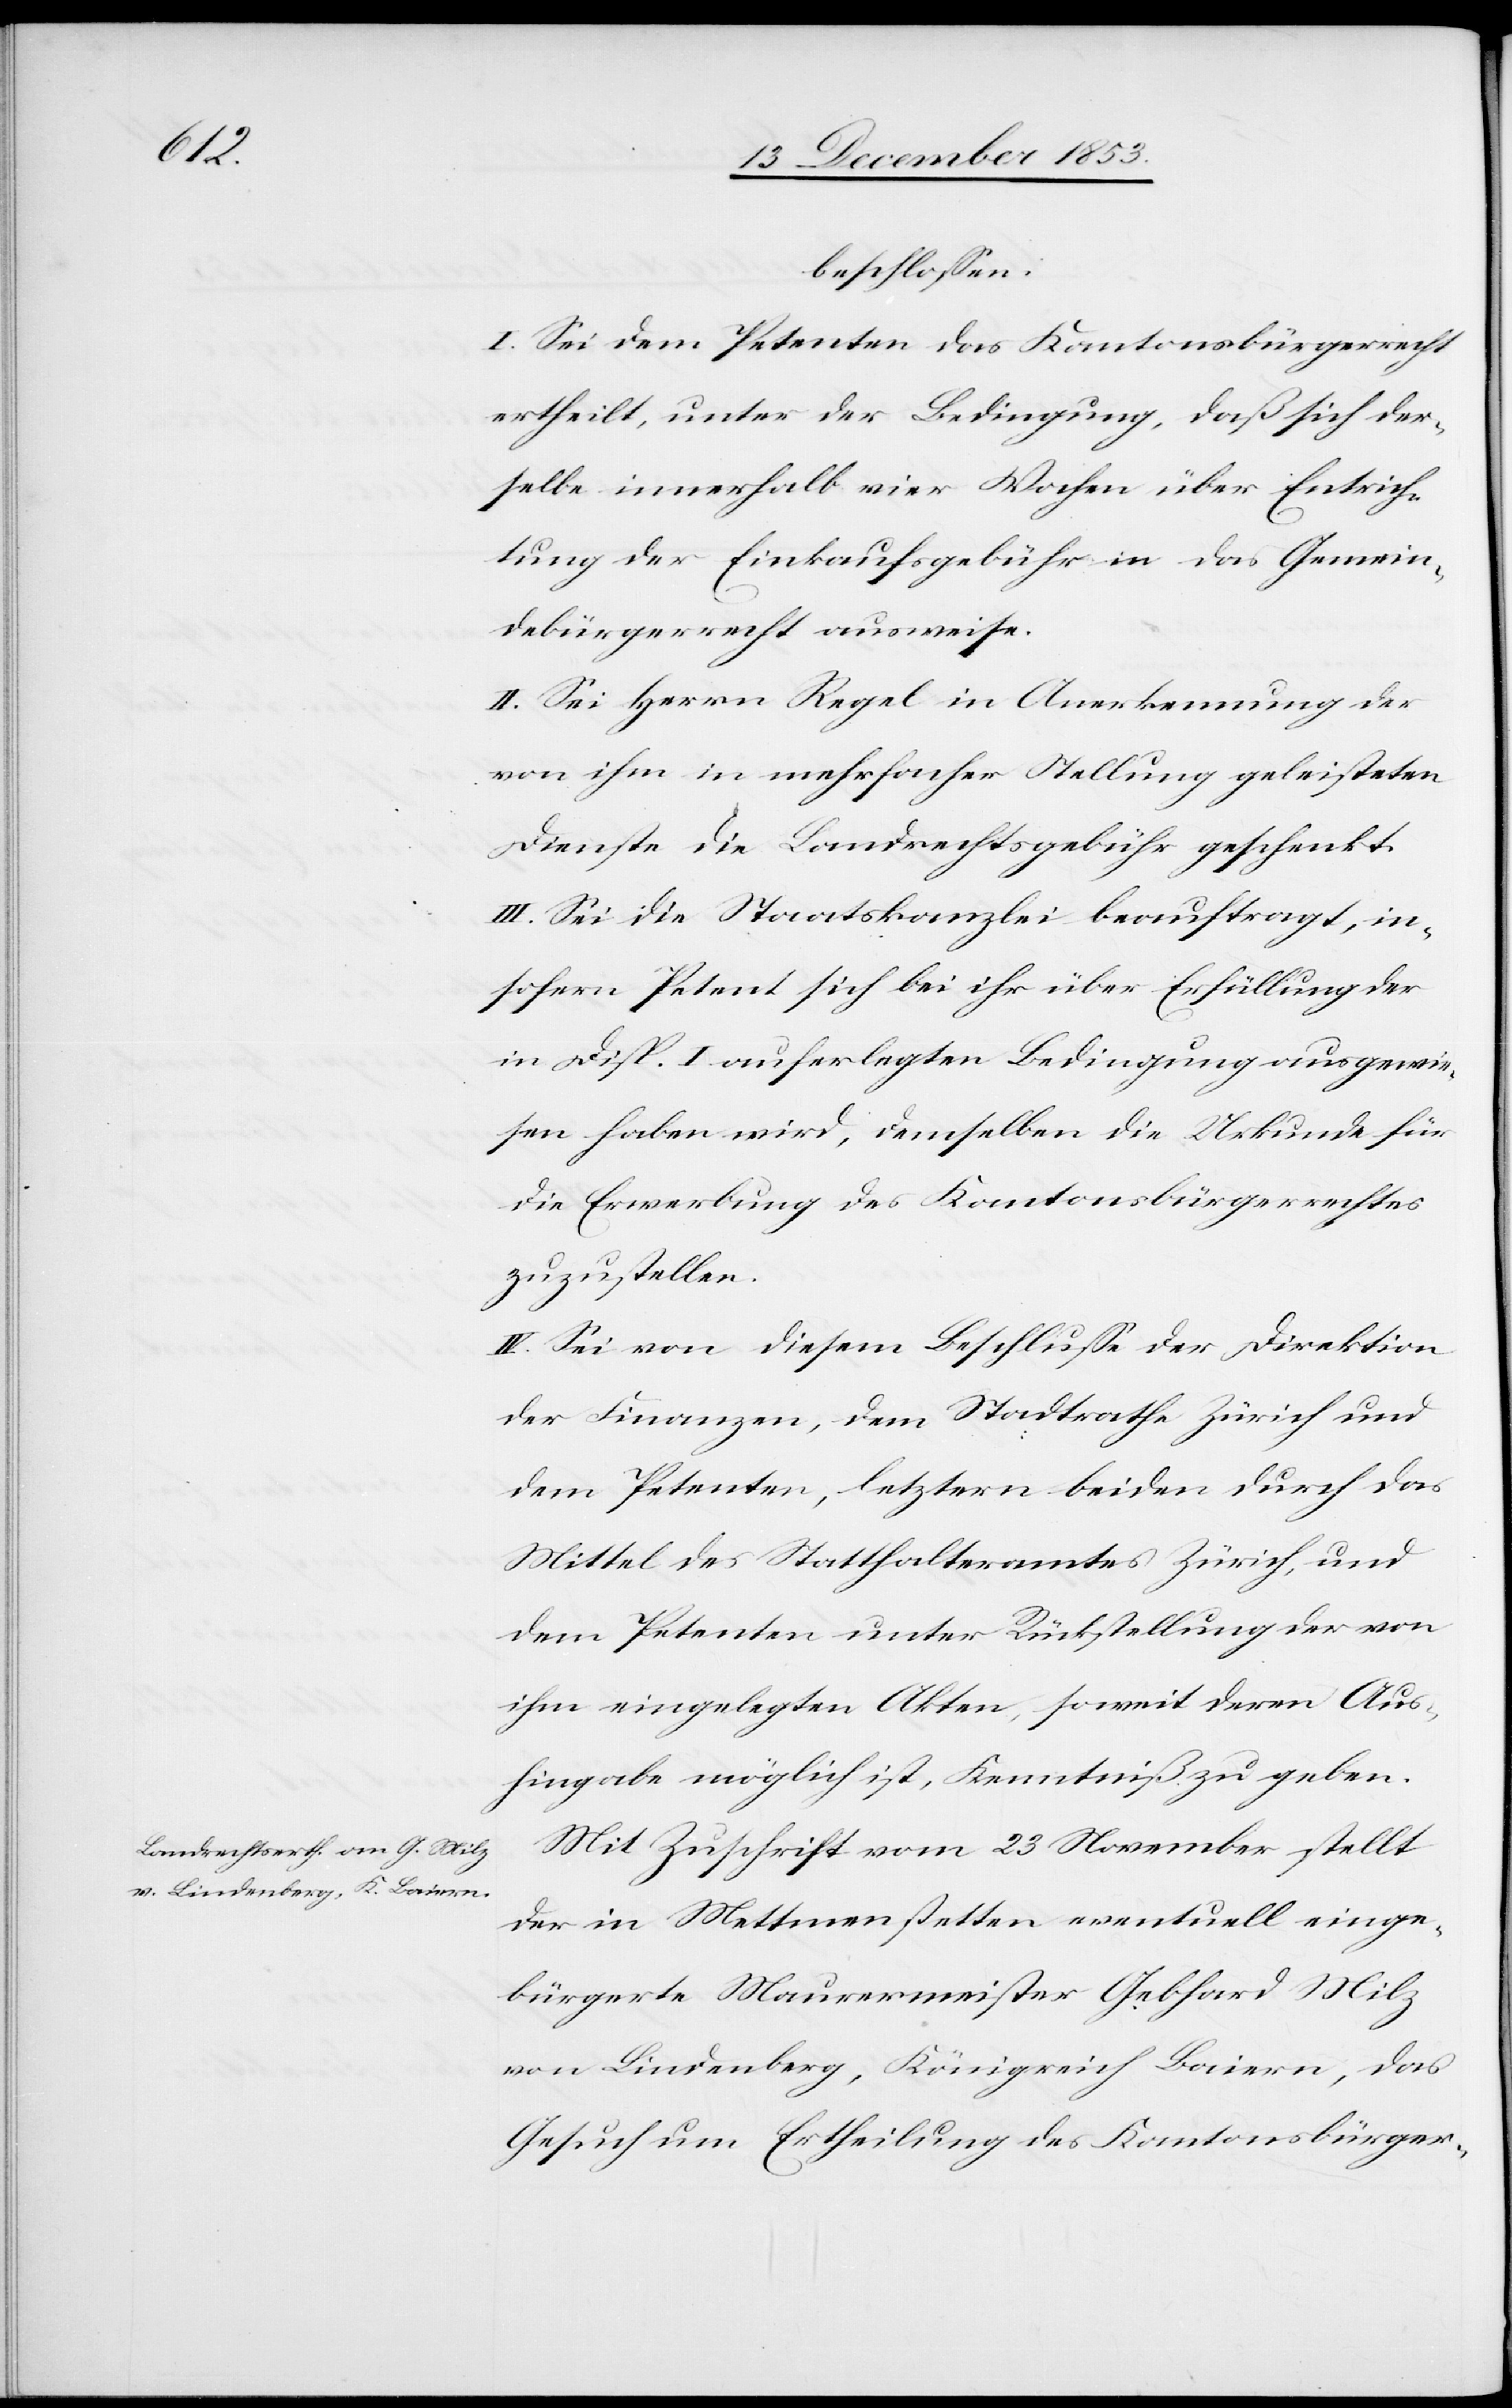
beschloßen:
I. Sei dem Petenten das Kantonsbürgerrecht
ertheilt, unter der Bedingung, daß sich der¬
selbe innerhalb vier Wochen über Entrich¬
tung der Einkaufsgebühr in das Gemein¬
debürgerrecht ausweise.
II. Sei Herrn Regel in Anerkennung der
von ihm in mehrfacher Stellung geleisteten
Dienste die Landrechtsgebühr geschenkt.
III. Sei die Staatskanzlei beauftragt, in¬
sofern Petent sich bei ihr über Erfüllung de¬
r Disp. I auferlegten Bedingung ausgewie¬
sen haben wird, demselben die Urkunde für
die Erwerbung des Kantonsbürgerrechts
zuzustellen.
IV. Sei von diesem Beschluße der Direktion
der Finanzen, dem Stadtrathe Zürich und
dem Petenten, letztern beiden durch das
Mittel des Statthalteramtes Zürich, und
dem Petenten unter Rückstellung der von
ihm eingelegten Akten, soweit deren Aus¬
hingabe möglich ist, Kenntniß zu geben.
Mit Zuschrift vom 23 November stellt
der in Mettmenstetten eventuell einge¬
bürgerte Mauermeister Gebhard Milz
von Lindenberg, Königreich Baiern, das
Gesuch um Ertheilung des Kantonsbürger-